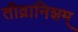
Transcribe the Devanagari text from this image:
तीव्रानिशम्‌